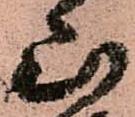
山